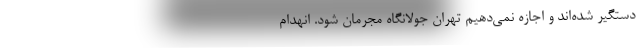
دستگیر شده‌اند و اجازه نمی‌دهیم تهران جولانگاه مجرمان شود. انهدام